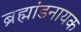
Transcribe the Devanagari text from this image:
ब्रह्मांडनायक